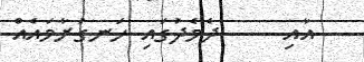
އާއި     ދެމެދުގައި ހަނގުރާމައެއް